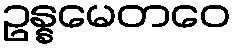
ဥန္နမေတဝေ